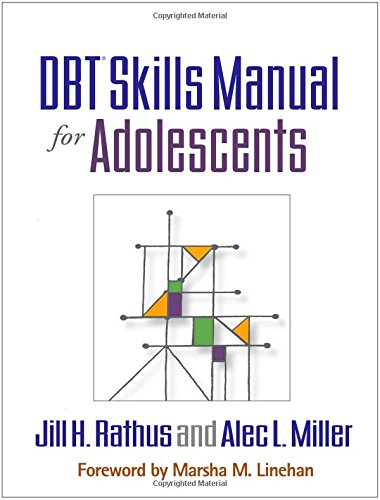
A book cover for DBTÂ® Skills Manual for Adolescents; Jill H. Rathus Phd; Education & Teaching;